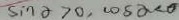
\sin x > 0 , \cos x < 0